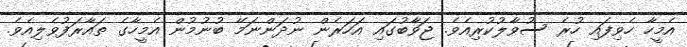
އެމީހާ ހެވިފައި ހުރެ ސުވާލުކުރިއެވެ. ޖަވާބުގައި އަހަރެން ނުދަންނަމޭ ބުނުމުން އެމީހާގެ ތައާރަފުވެލިއެވެ.